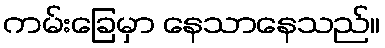
ကမ်းခြေမှာ နေသာနေသည်။